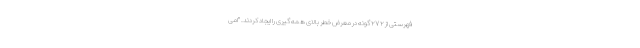
فهرستی از ۲۷۲ گونه در معرض خطر بالای همه گیری را ایجاد کردند. "امی